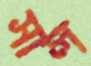
সাল